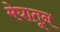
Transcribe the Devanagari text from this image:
मेघातून